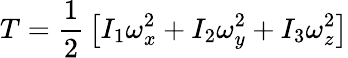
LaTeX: T={\frac{1}{2}}\left[I_{1}\omega_{x}^{2}+I_{2}\omega_{y}^{2}+I_{3}\omega_{z}^{2}\right]